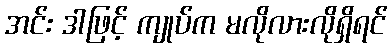
အင်း ဒါဖြင့် ကျုပ်က မလိုလားလိုရှိရင်